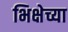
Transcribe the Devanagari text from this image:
भिक्षेच्या